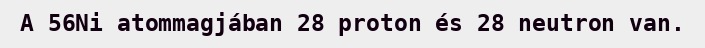
A 56Ni atommagjában 28 proton és 28 neutron van.